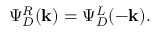
\Psi _ { D } ^ { R } ( \mathbf { k } ) = \Psi _ { D } ^ { L } ( - \mathbf { k } ) .